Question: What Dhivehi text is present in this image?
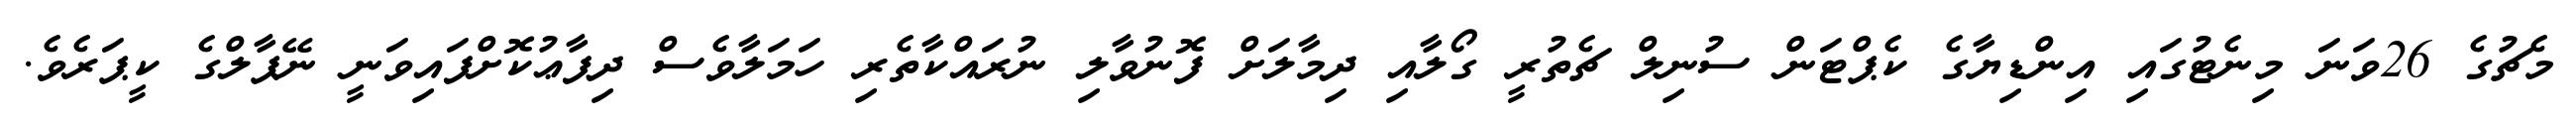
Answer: މެޗުގެ 26ވަނަ މިނެޓުގައި އިންޑިޔާގެ ކެޕްޓަން ސުނިލް ޗެތުރީ ގޯލާއި ދިމާލަށް ފޮނުވާލި ނުރައްކާތެރި ހަމަލާވެސް ދިފާޢުކޮށްފައިވަނީ ނޭޕާލްގެ ކީޕަރެވެ.